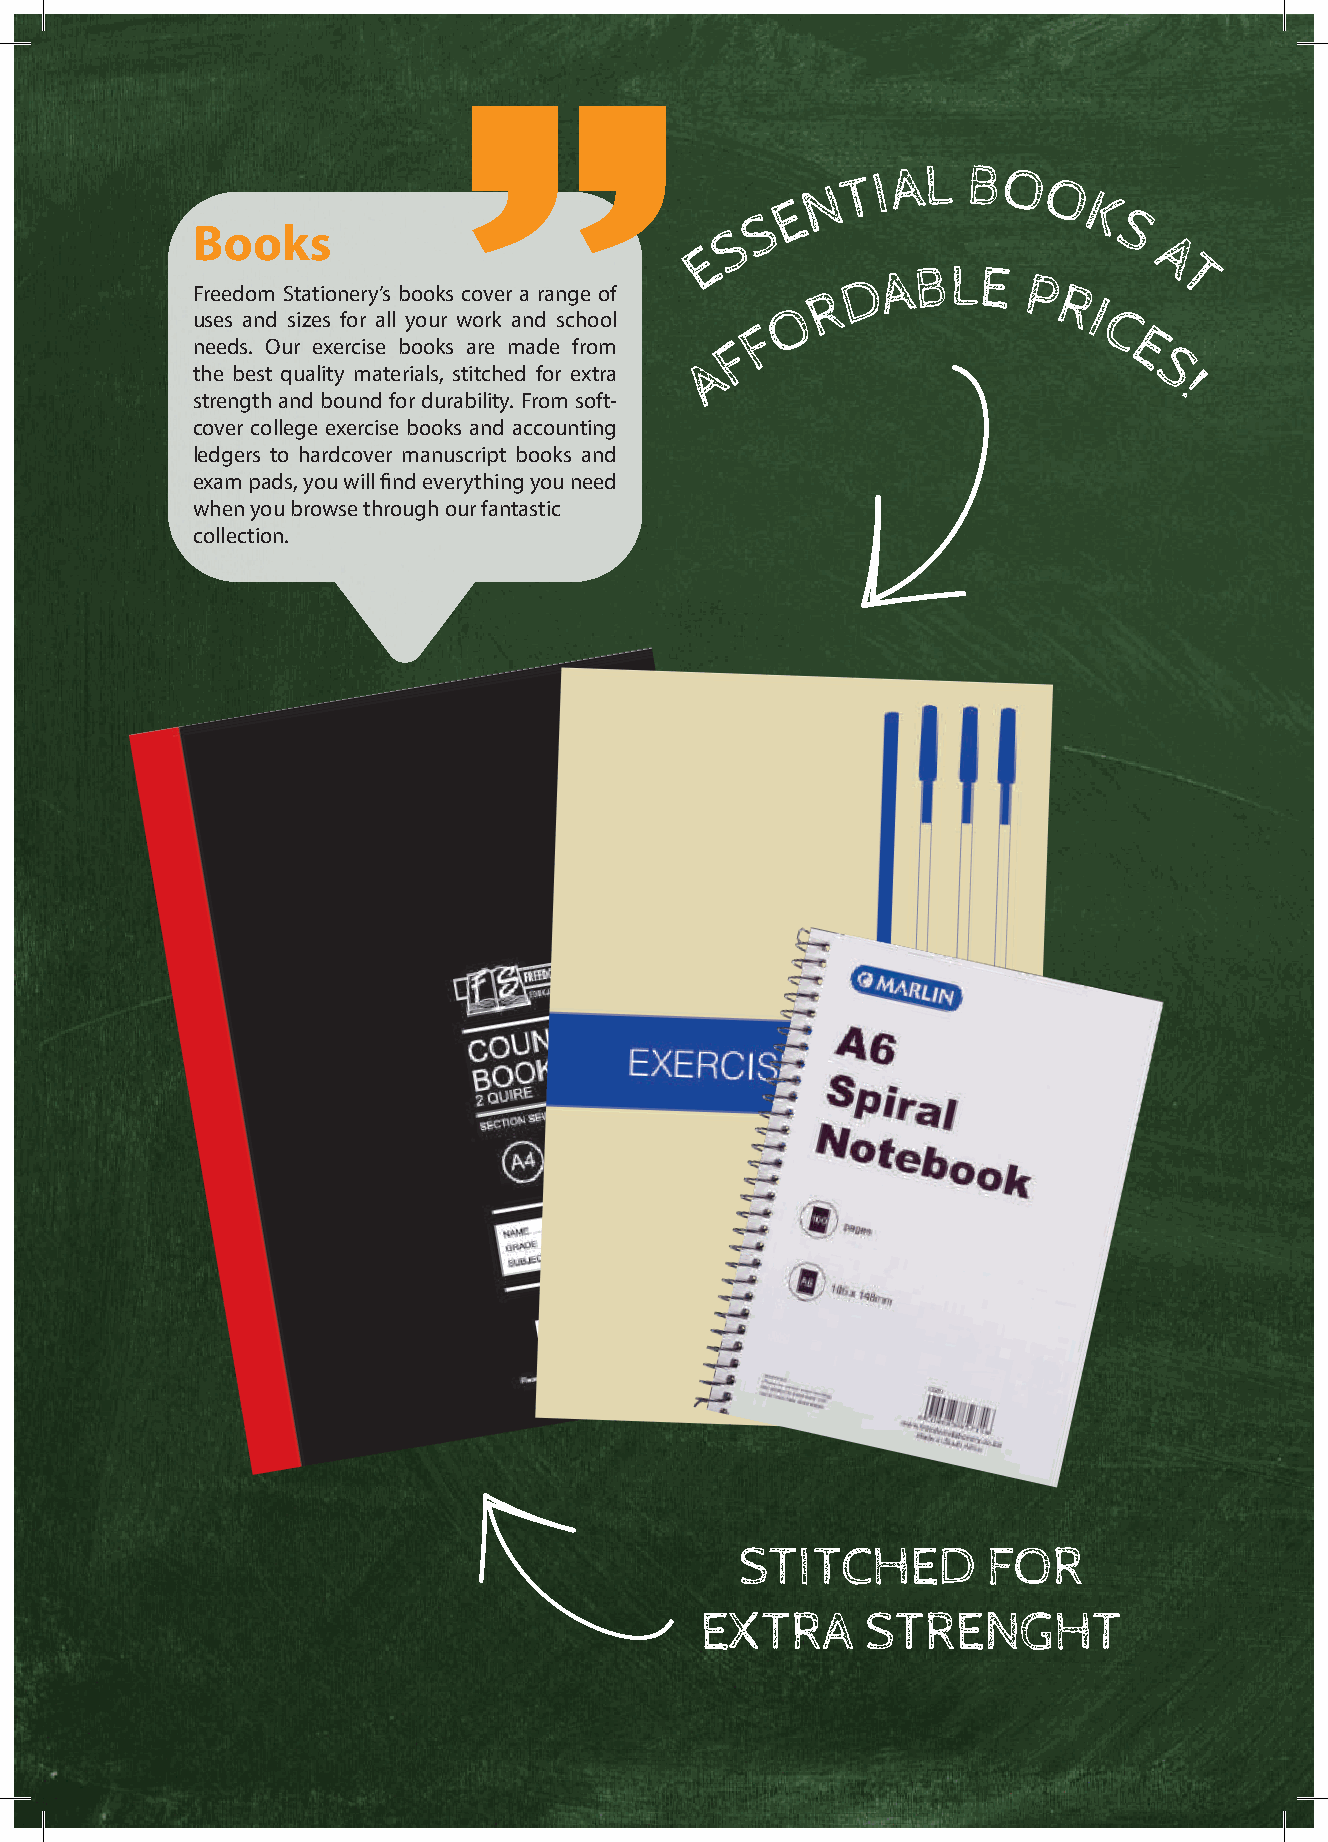
T I A L B O
 N              O
 E                  K
 S
 Books                              S                        S
 E
 A
 D  A BLE   P         T
 Freedom Stationery’s books cover a range of R           R
 O                  I
 uses and sizes for all your work and school F              C
 needs. Our exercise books are made from F                    E
 A                            S
 the best quality materials, stitched for extra                  !
 strength and bound for durability. From soft-
 cover college exercise books and accounting
 ledgers to hardcover manuscript books and
 exam pads, you will find everything you need
 when you browse through our fantastic
 collection.
 STITCHED        FOR
 EXTRA      STRENGHT
 6